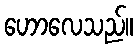
ဟောလေသည်။